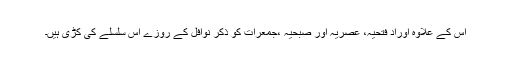
اس کے علاوہ اوراد فتحیہ، عصریہ اور صبحیہ ،جمعرات کو ذکر نوافل کے روزے اس سلسلے کی کڑی ہیں۔